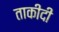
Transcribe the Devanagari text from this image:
ताकीदी